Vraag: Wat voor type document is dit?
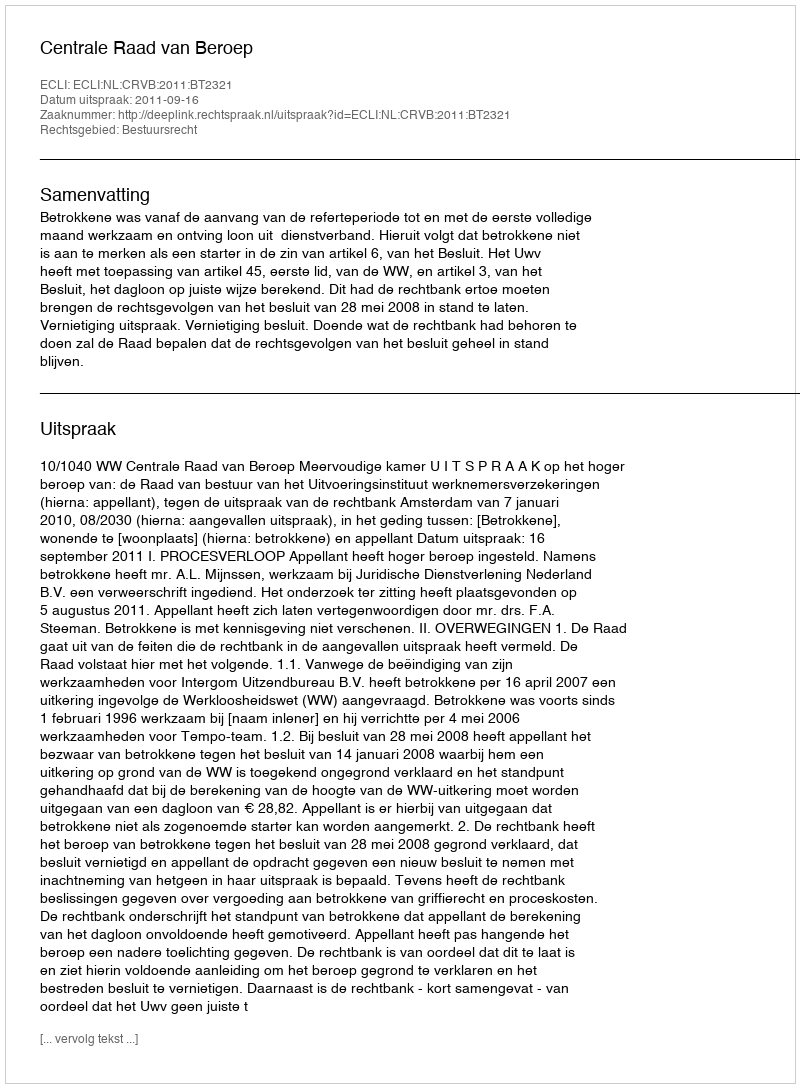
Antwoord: Uitspraak